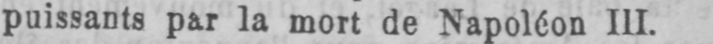
puissants par la mort de Napoléon III.